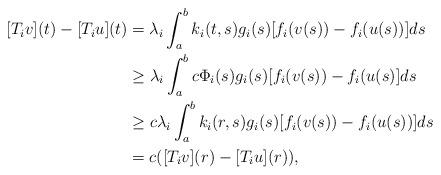
LaTeX: \begin{align*} [T_iv](t)-[T_iu](t) & = \lambda_i \int_a^b k_i(t,s) g_i(s) [f_i(v(s)) - f_i(u(s))] ds\\ & \ge \lambda_i \int_a^b c \Phi_i(s) g_i(s) [f_i(v(s)) - f_i(u(s)]ds\\ & \ge c \lambda_i \int_a^b k_i(r,s) g_i(s) [f_i(v(s)) - f_i(u(s))] ds\\ & = c ([T_iv](r)-[T_iu](r)), \end{align*}